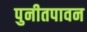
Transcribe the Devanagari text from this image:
पुनीतपावन